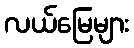
လယ်မြေများ